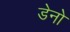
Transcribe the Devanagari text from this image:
डेनो